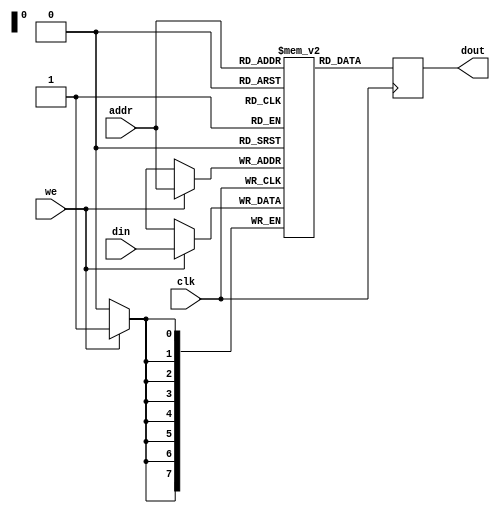
module bram (
    input wire clk,            // Clock signal
    input wire we,            // Write enable signal
    input wire [7:0] addr,    // Address input (8 bits for 256 locations)
    input wire [7:0] din,      // Data input (8 bits)
    output reg [7:0] dout      // Data output (8 bits)
);

    // Memory array declaration (256 x 8 bits)
    reg [7:0] mem [0:255];

    // Synchronous read/write operation
    always @(posedge clk) begin
        if (we) begin
            // Write operation
            mem[addr] <= din;
        end
        // Read operation (always current address)
        dout <= mem[addr];
    end

    // Optional: Address decoding can be handled by the memory range
    // Here, it's implicitly managed by the FPGA; if addr is out of range,
    // it won't access valid memory but let's assume we handle this

    // Optional: Initialization can be done through an initialization process or a reset

    // Reset functionality can be added if needed
    // Here we just illustrate a simple reset signal for testability
    // Uncomment the following lines if reset functionality is desired:
    /*
    input wire rst; // Reset signal
    always @(posedge clk or posedge rst) begin
        if (rst) begin
            integer i;
            for (i = 0; i < 256; i = i + 1) begin
                mem[i] <= 8'b0;  // Initialize memory to 0
            end
        end else begin
            if (we) begin
                mem[addr] <= din;
            end
            dout <= mem[addr];
        end
    end
    */
endmodule